Report of the Indian Hemp Drugs Commission, 1894-1895 - Volume VIII
Year: 1894
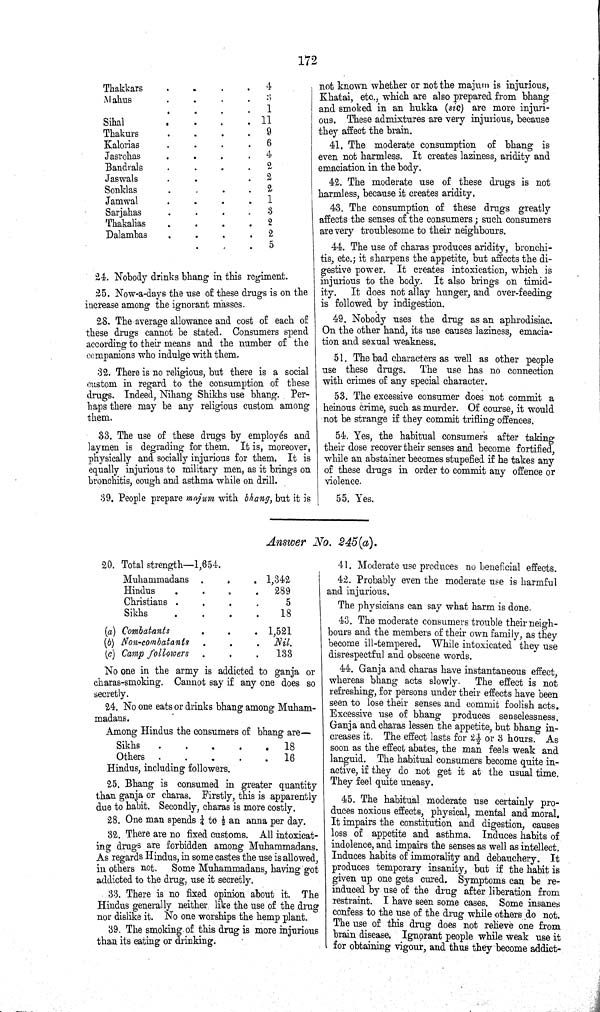
172
Thakkars
4
Mahus
3
1
Sihal
11
Thakurs
9
Kalorias
6
Jasrohas
4
Bandrals
2
Jaswals
2
Sonklas
2
Jamwal
1
Sarjahas
3
Thakalias
2
Dalambas
2
5
24. Nobody drinks bhang in this regiment.
25. Now-a-days the use of these drugs is on the
increase among the ignorant masses.
28. The average allowance and cost of each of
these drugs cannot be stated. Consumers spend
according to their means and the number of the
companions who indulge with them.
32. There is no religious, but there is a social
custom in regard to the consumption of these
drugs. Indeed, Nihang Shikhs use bhang. Per¬
haps there may be any religious custom among
them.
33. The use of these drugs by employés and
laymen is degrading for them. It is, moreover,
physically and socially injurious for them. It is
equally injurious to military men, as it brings on
bronchitis, cough and asthma while on drill.
39. People prepare majum with bhang, but it is
not known whether or not the majum is injurious,
Khatai, etc., which are also prepared from bhang
and smoked in an hukka (sic) are more injuri¬
ous. These admixtures are very injurious, because
they affect the brain.
41. The moderate consumption of bhang is
even not harmless. It creates laziness, aridity and
emaciation in the body.
42. The moderate use of these drugs is not
harmless, because it creates aridity.
43. The consumption of these drugs greatly
affects the senses of the consumers; such consumers
are very troublesome to their neighbours.
44. The use of charas produces aridity, bronchi¬
tis, etc.; it sharpens the appetite, but affects the di¬
gestive power. It creates intoxication, which is
injurious to the body. It also brings on timid¬
ity. It does not allay hunger, and over-feeding
is followed by indigestion.
49. Nobody uses the drug as an aphrodisiac.
On the other hand, its use causes laziness, emacia¬
tion and sexual weakness.
51. The bad characters as well as other people
use these drugs. The use has no connection
with crimes of any special character.
53. The excessive consumer does not commit a
heinous crime, such as murder. Of course, it would
not be strange if they commit trifling offences.
54. Yes, the habitual consumers after taking
their dose recover their senses and become fortified,
while an abstainer becomes stupefied if he takes any
of these drugs in order to commit any offence or
violence.
55. Yes.
Answer No. 245(a).
20. Total strength—1,654.
Muhammadans
1,342
Hindus
289
Christians
5
Sikhs
18
(a) Combatants
1,521
(b) Non-combatants
Nil.
(c) Camp followers
133
No one in the army is addicted to ganja or
charas-smoking. Cannot say if any one does so
secretly.
24. No one eats or drinks bhang among Muham¬
madans.
Among Hindus the consumers of bhang are—
Sikhs
18
Others
16
Hindus, including followers.
25. Bhang is consumed in greater quantity
than ganja or charas. Firstly, this is apparently
due to habit. Secondly, charas is more costly.
28. One man spends 1/4 to 1/2 an anna per day.
32. There are no fixed customs. All intoxicat¬
ing drugs are forbidden among Muhammadans.
As regards Hindus, in some castes the use is allowed,
in others not. Some Muhammadans, having got
addicted to the drug, use it secretly.
33. There is no fixed opinion about it. The
Hindus generally neither like the use of the drug
nor dislike it. No one worships the hemp plant.
39. The smoking of this drug is more injurious
than its eating or drinking.
41. Moderate use produces no beneficial effects.
42. Probably even the moderate use is harmful
and injurious.
The physicians can say what harm is done.
43. The moderate consumers trouble their neigh¬
bours and the members of their own family, as they
become ill-tempered. While intoxicated they use
disrespectful and obscene words.
44. Ganja and charas have instantaneous effect,
whereas bhang acts slowly. The effect is not
refreshing, for persons under their effects have been
seen to lose their senses and commit foolish acts.
Excessive use of bhang produces senselessness.
Ganja and charas lessen the appetite, but bhang in¬
creases it. The effect lasts for 21/2 or 3 hours. As
soon as the effect abates, the man feels weak and
languid. The habitual consumers become quite in¬
active, if they do not get it at the usual time.
They feel quite uneasy.
45. The habitual moderate use certainly pro¬
duces noxious effects, physical, mental and moral.
It impairs the constitution and digestion, causes
loss of appetite and asthma. Induces habits of
indolence, and impairs the senses as well as intellect.
Induces habits of immorality and debauchery. It
produces temporary insanity, but if the habit is
given up one gets cured. Symptoms can be re-
induced by use of the drug after liberation from
restraint. I have seen some cases. Some insanes
confess to the use of the drug while others do not.
The use of this drug does not relieve one from
brain disease. Ignorant people while weak use it
for obtaining vigour, and thus they become addict-